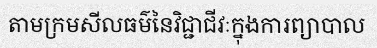
តាមក្រមសីលធម៌នៃវិជ្ជាជីវៈក្នុងការព្យាបាល